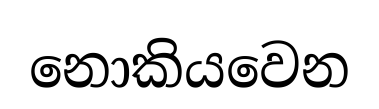
නොකියවෙන